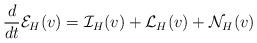
LaTeX: \begin{align*}\frac{d}{dt}\mathcal{E}_H(v) = \mathcal{I}_H(v) + \mathcal{L}_H(v) + \mathcal{N}_H(v)\end{align*}